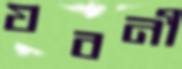
যবনী